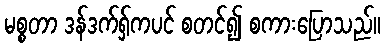
မစ္စတာ ဒန်ဒက်ရှ်ကပင် စတင်၍ စကားပြောသည်။